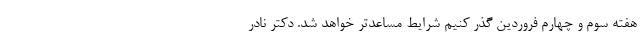
هفته سوم و چهارم فروردین گذر کنیم شرایط مساعدتر خواهد شد. دکتر نادر